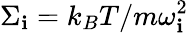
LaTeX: \Sigma_{\mathbf{i}}=k_{B}T/m\omega_{\mathbf{i}}^{2}